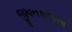
જીવનકાળના